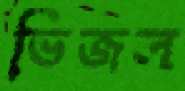
ভিজল